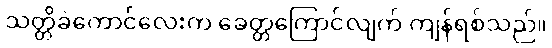
သတ္တိခဲကောင်လေးက ခေတ္တကြောင်လျက် ကျန်ရစ်သည်။